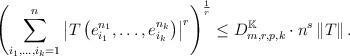
LaTeX: \begin{align*}\left( \sum_{i_{1},\dots ,i_{k}=1}^{n}\left\vert T\left(e_{i_{1}}^{n_{1}},\dots ,e_{i_{k}}^{n_{k}}\right) \right\vert ^{r}\right) ^{\frac{1}{r}}\leq D_{m,r,p,k}^{\mathbb{K}}\cdot n^{s}\left\Vert T\right\Vert .\end{align*}